Annual report of the Punjab Veterinary College and of the Civil Veterinary Department, Punjab - 1894-1908
Year: 1894
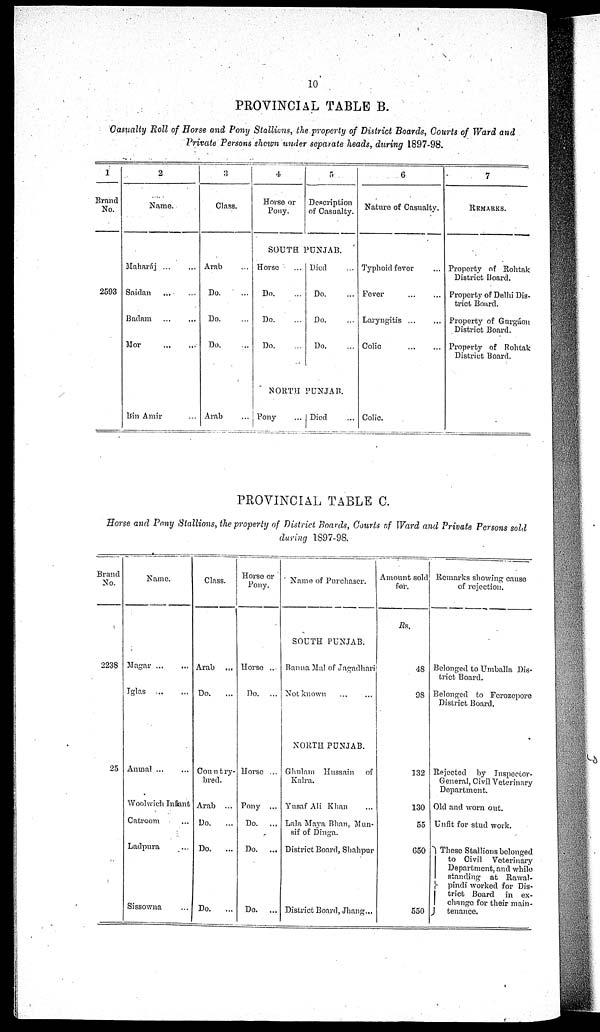
10
PROVINCIAL TABLE B.
Casualty Roll of Horse and Pony Stallions, the property of District Boards, Courts of Ward and
Private Persons shown under separate heads, during 1897-98.
1
Brand
No.
2593
2
Name.
Maharáj ... ...
Saidan ... ...
Badam ... ...
Mor ... ...
Bin Amir ...
3
Class.
Arab ...
Do. ...
Do. ...
Do. ...
Arab
4
Horse or
Pony.
5
Description
of Casualty.
SOUTH PUNJAB.
Horse ...
Do. ...
Do. ...
Do. ...
Died ...
Do. ...
Do. ...
Do. ...
NORTH PUNJAB.
Pony ...
Died ...
6
Nature of Casualty.
Typhoid fever
Fever
Laryngitis ...
Colic ... ...
Colic.
7
REMARKS.
Property of Rohtak
District board.
Property of Delhi Dis-
trict Board.
Property of Gurgáon
District Board.
Property of Rohtak
District Board.
PROVINCIAL TABLE C.
Horse and Pony Stallions, the property of District, Boards, Courts of Ward and Private Persons sold
during 1897-98.
Brand
No.
2238
25
Name.
Magar ... ...
Jglas ... ...
Anmal ... ...
Woolwich Infant
Catroom ...
Ladpura ...
Sissowna ...
Class.
Arab
Do.
...
Country-
bred.
Arab
Do.
Do.
...
Do. ...
Horse or
Pony.
Horse ...
Do. ...
Horse ...
Pony ...
Do. ...
Do. ...
Do. ...
Name of Purchaser.
SOUTH PUNJAB.
Banna Mal of Jagadhari
Not known ... ...
NORTH PUNJAB.
Ghulam Hussain of
Kalra.
Yusaf Ali Khan ...
Lala Maya Bhan, Mun-
sif of Dinga.
District Board, Shahpur
District Board, Jhang ...
Amount sold
for.
Rs.
48
98
132
130
55
650
550
Remarks showing cause
of rejection.
Belonged to Umballa Dis-
trict Board.
Belonged to Ferozepore
District Board.
Rejected by Inspector-
General, Civil Veterinary
Department.
Old and worn out.
Unfit for stud work.
These Stallions belonged
to Civil Veterinary
Department, and while
standing at Rawal-
pindi worked for Dis-
trict
Board in ex-
change for their main-
tenance.